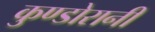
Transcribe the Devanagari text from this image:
कुण्‍डोरानी